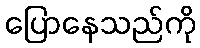
ပြောနေသည်ကို